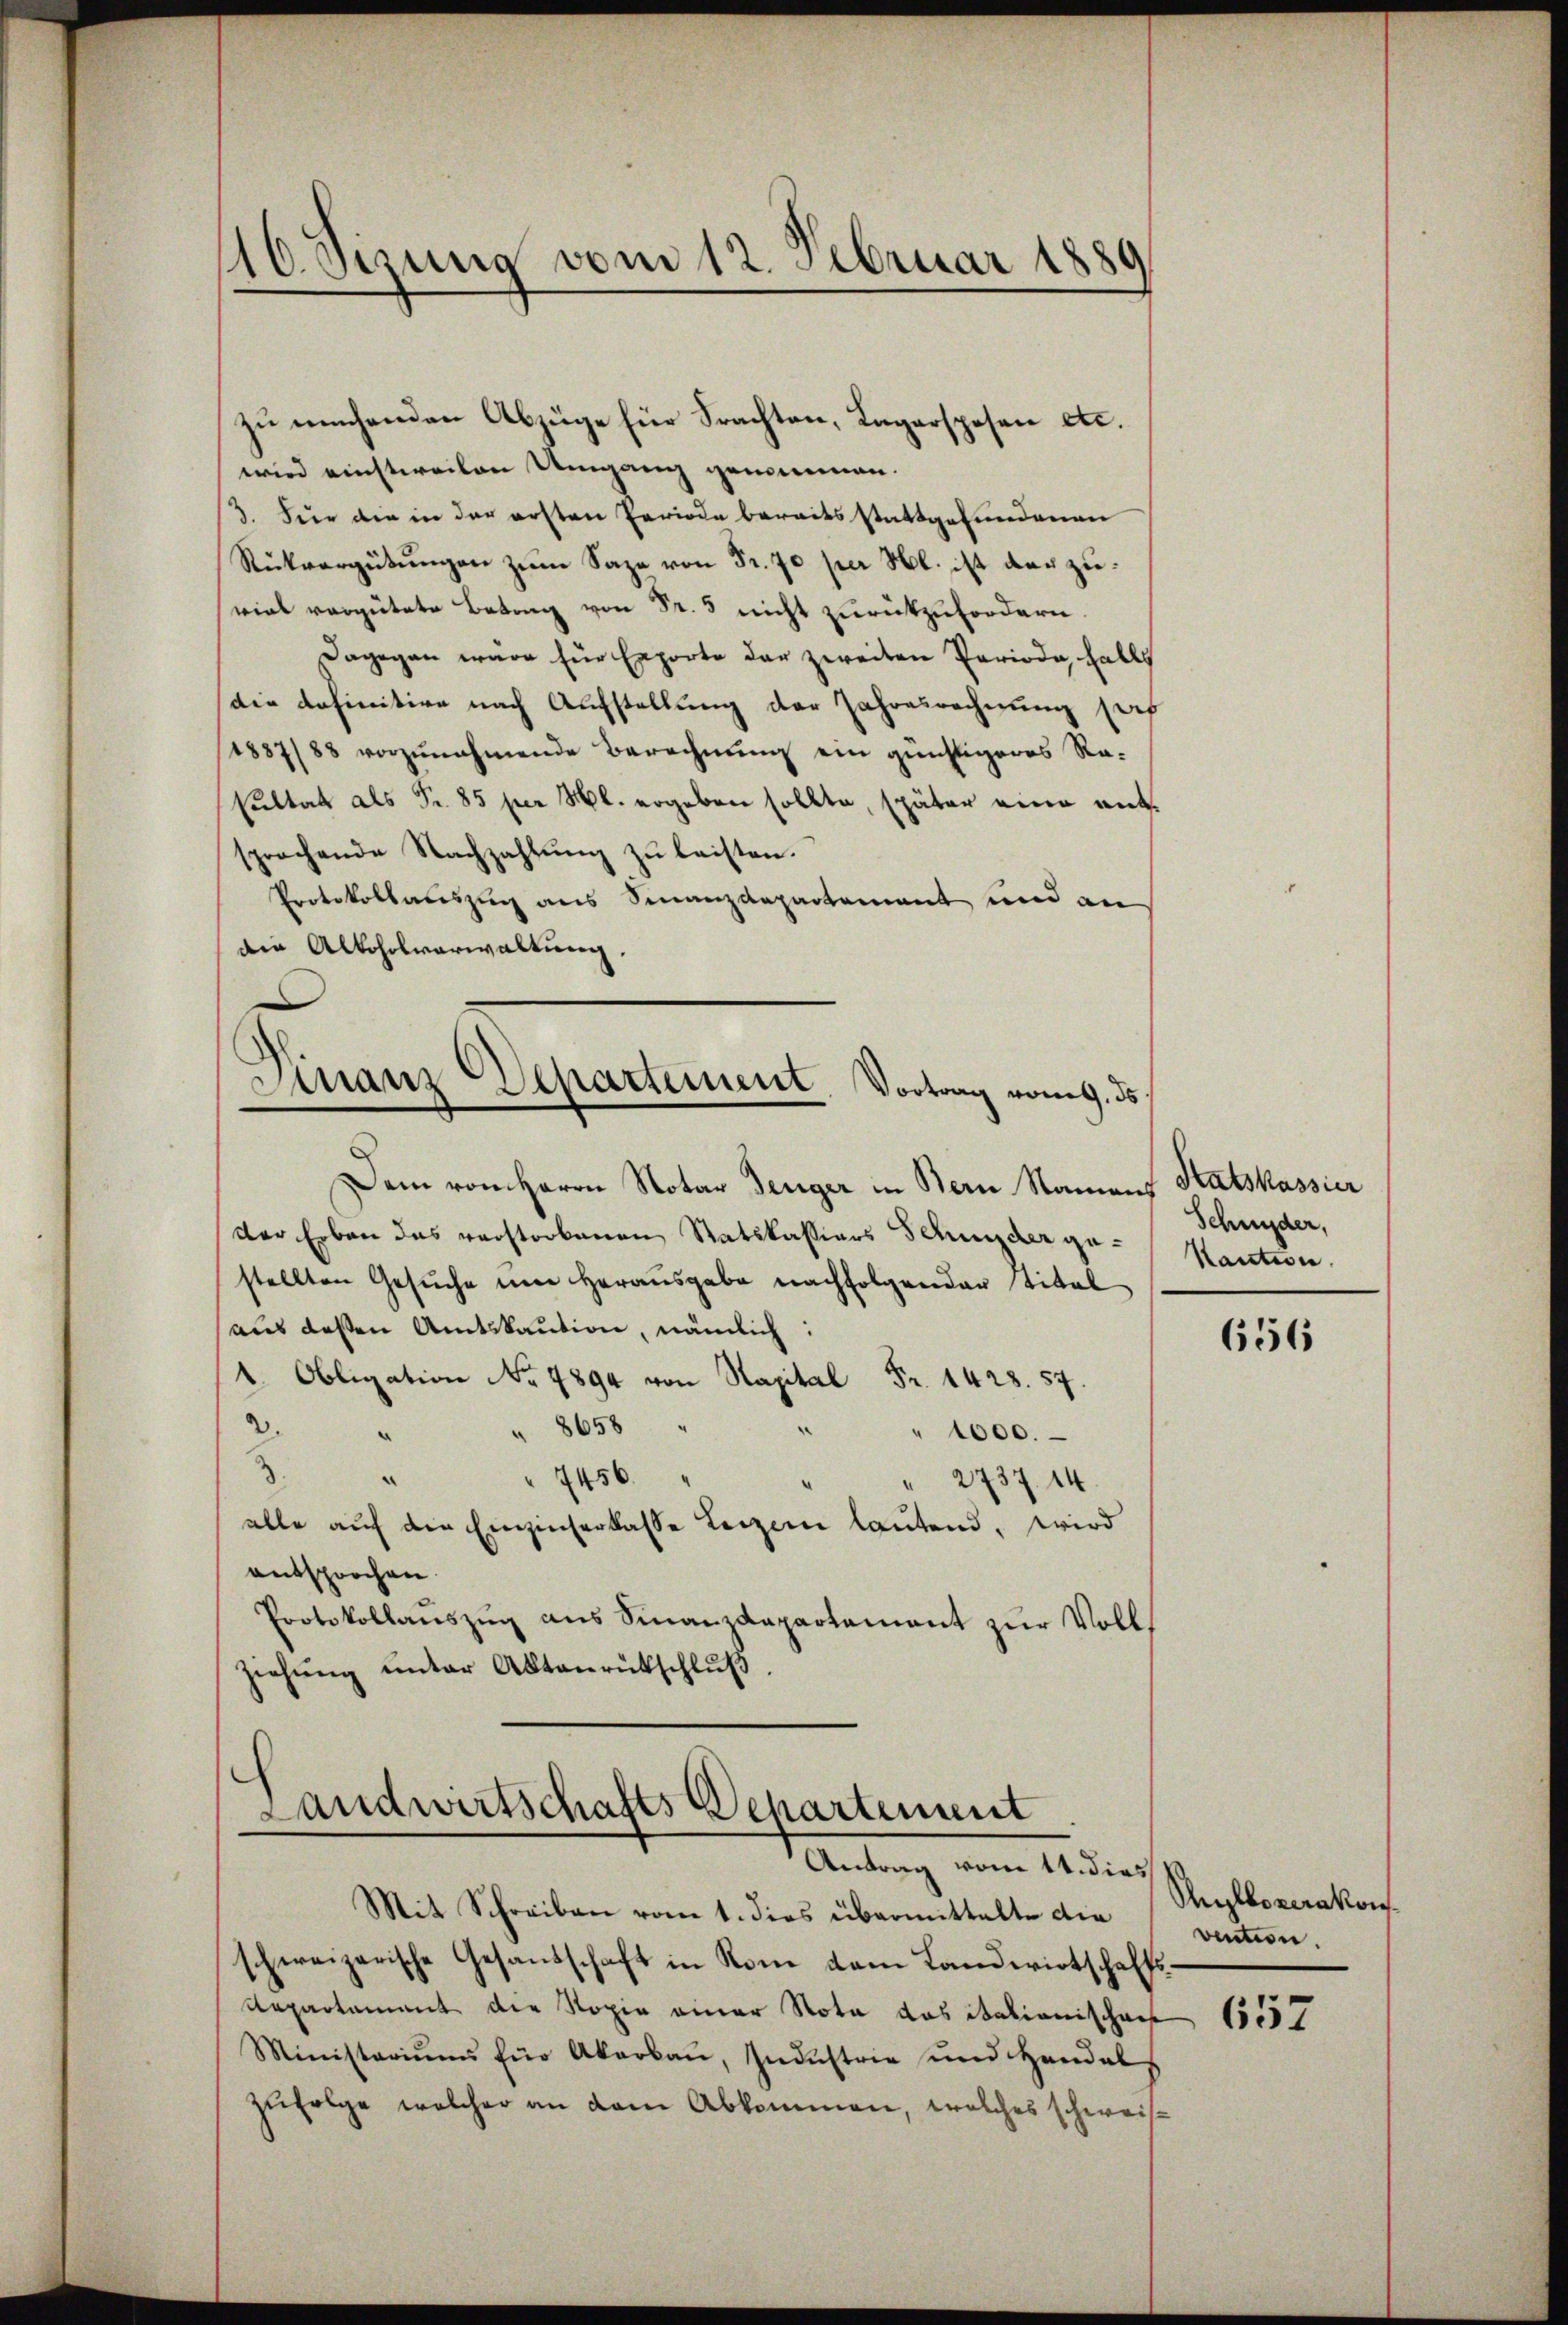
16. Sizung vom 12. Februar 1889

zu machenden Abzüge für Frachten, Lagerspesen etc.
wird einstweilen Umgang genommen.
3. Für den in der ersten Periode bereits stattgefundenen
Rückvergütŭngen zum Sapa von Fr. 70 per l. ist darzuviel vergütete Betrag von Fr. 5 nicht zurückzufordern.
Dagegen wäre für Exporte der zweiten Perioda, falls
die definitive nach Aufstellung der Jahresrechnung sof
1887/88 vorzunehmende Berechnung ein günstigeres Rasultat als Fr. 85 per l. ergeben sollte, später eine entsprochende Nachzahlung zu leisten.
Protokollauszug aus Finanzdepartement und an
die Alkoholverwaltung.

Dem von Herrn Notar Denger in Bern Namens Statskassier
der Erben das verstorbenen Statskassiars Schnischer gestellten Gesuche um Herausgabe nachfolgender Titel
aus dessen Amtskaution, nämlich:
1 Obligation No 7894 von Kapital Fr. 1428. 54.
.
8658
2.
" 1000.
.
7456.
 2737. 14
alle auf die Einzinserkasse Leizen lautend, wird
entsprochen.
Protokollaŭszŭg ans Finanzdepartement zŭr Volls
Ziehŭng ŭnter Aktenrückschlŭβ
Landwirtschafts Departement

Finanz Departement. Vortrag vom 9. ds.

Antrag vom 14. dies

Mit Schreiben vom 1. dies übermittalte die
schweizerische Gesandschaft in Rom dem Landwirtschafts¬
Repartament die Kopie einer Nota das italienischenk
Ministeriums für Akarbaŭ, Indŭstrie und Handel
zufolge welcher an dem Abkommen, welches schweis¬

Schnyder,
Kaution.

656

Pylbozerakon
vention.

657